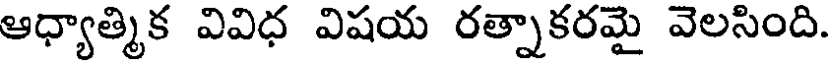
ఆధ్యాత్మిక వివిధ విషయ రత్నాకరమై వెలసింది.